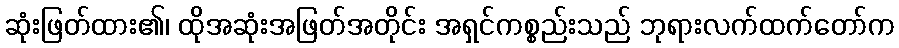
ဆုံးဖြတ်ထား၏၊ ထိုအဆုံးအဖြတ်အတိုင်း အရှင်ကစ္စည်းသည် ဘုရားလက်ထက်တော်က